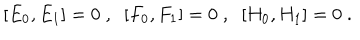
\, \, [ E _ { 0 } , E _ { 1 } ] = 0 \; , \; \; [ F _ { 0 } , F _ { 1 } ] = 0 \; , \; \; [ H _ { 0 } , H _ { 1 } ] = 0 \; .